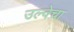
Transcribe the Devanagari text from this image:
उल्वेचा